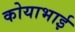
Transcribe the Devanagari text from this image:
कोयाभाई